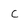
Character: C